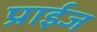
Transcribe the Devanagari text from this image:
प्राईज